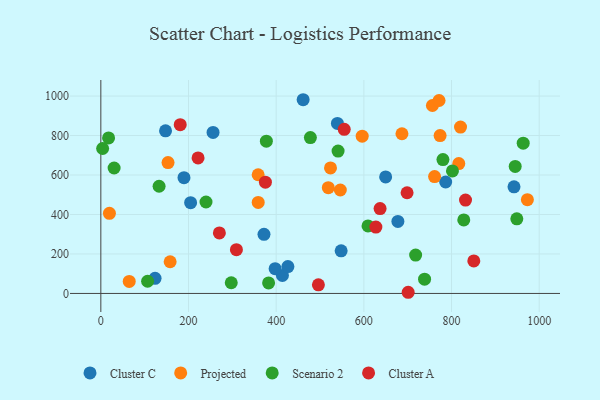
{"axis": {"x": "Speed", "y": "Sales"}, "legend": ["Cluster A", "Cluster C", "Projected", "Scenario 2"], "data": [{"x": "461.5", "y": 981.4, "type": "Cluster C"}, {"x": "786.6", "y": 564.5, "type": "Cluster C"}, {"x": "649.7", "y": 590.3, "type": "Cluster C"}, {"x": "677.6", "y": 364.8, "type": "Cluster C"}, {"x": "414.2", "y": 91.5, "type": "Cluster C"}, {"x": "189.7", "y": 586.6, "type": "Cluster C"}, {"x": "548.2", "y": 216.0, "type": "Cluster C"}, {"x": "256.0", "y": 815.7, "type": "Cluster C"}, {"x": "204.8", "y": 459.6, "type": "Cluster C"}, {"x": "397.6", "y": 125.5, "type": "Cluster C"}, {"x": "942.5", "y": 539.9, "type": "Cluster C"}, {"x": "426.7", "y": 135.9, "type": "Cluster C"}, {"x": "372.2", "y": 299.6, "type": "Cluster C"}, {"x": "123.7", "y": 76.8, "type": "Cluster C"}, {"x": "147.6", "y": 823.9, "type": "Cluster C"}, {"x": "539.7", "y": 861.4, "type": "Cluster C"}, {"x": "64.8", "y": 60.9, "type": "Projected"}, {"x": "820.5", "y": 842.6, "type": "Projected"}, {"x": "773.9", "y": 800.0, "type": "Projected"}, {"x": "546.3", "y": 524.0, "type": "Projected"}, {"x": "358.9", "y": 601.3, "type": "Projected"}, {"x": "596.2", "y": 796.9, "type": "Projected"}, {"x": "523.9", "y": 636.1, "type": "Projected"}, {"x": "19.6", "y": 406.1, "type": "Projected"}, {"x": "518.9", "y": 535.8, "type": "Projected"}, {"x": "761.3", "y": 592.0, "type": "Projected"}, {"x": "756.4", "y": 952.1, "type": "Projected"}, {"x": "973.0", "y": 475.1, "type": "Projected"}, {"x": "686.9", "y": 808.9, "type": "Projected"}, {"x": "153.3", "y": 663.1, "type": "Projected"}, {"x": "359.0", "y": 460.9, "type": "Projected"}, {"x": "816.5", "y": 658.1, "type": "Projected"}, {"x": "158.1", "y": 160.6, "type": "Projected"}, {"x": "771.5", "y": 977.6, "type": "Projected"}, {"x": "802.1", "y": 620.6, "type": "Scenario 2"}, {"x": "945.2", "y": 643.3, "type": "Scenario 2"}, {"x": "132.9", "y": 543.0, "type": "Scenario 2"}, {"x": "738.5", "y": 72.1, "type": "Scenario 2"}, {"x": "478.0", "y": 789.5, "type": "Scenario 2"}, {"x": "17.7", "y": 787.9, "type": "Scenario 2"}, {"x": "780.4", "y": 678.2, "type": "Scenario 2"}, {"x": "382.7", "y": 53.4, "type": "Scenario 2"}, {"x": "827.9", "y": 372.3, "type": "Scenario 2"}, {"x": "377.6", "y": 771.6, "type": "Scenario 2"}, {"x": "30.3", "y": 635.4, "type": "Scenario 2"}, {"x": "106.7", "y": 61.7, "type": "Scenario 2"}, {"x": "718.1", "y": 194.4, "type": "Scenario 2"}, {"x": "4.1", "y": 734.2, "type": "Scenario 2"}, {"x": "963.5", "y": 761.4, "type": "Scenario 2"}, {"x": "297.5", "y": 54.1, "type": "Scenario 2"}, {"x": "948.9", "y": 377.8, "type": "Scenario 2"}, {"x": "239.9", "y": 463.2, "type": "Scenario 2"}, {"x": "609.5", "y": 342.2, "type": "Scenario 2"}, {"x": "541.2", "y": 721.4, "type": "Scenario 2"}, {"x": "627.4", "y": 336.3, "type": "Cluster A"}, {"x": "637.0", "y": 429.7, "type": "Cluster A"}, {"x": "831.9", "y": 472.8, "type": "Cluster A"}, {"x": "181.1", "y": 855.2, "type": "Cluster A"}, {"x": "698.6", "y": 510.0, "type": "Cluster A"}, {"x": "701.1", "y": 5.9, "type": "Cluster A"}, {"x": "555.2", "y": 831.3, "type": "Cluster A"}, {"x": "221.8", "y": 686.4, "type": "Cluster A"}, {"x": "496.3", "y": 43.4, "type": "Cluster A"}, {"x": "309.3", "y": 221.5, "type": "Cluster A"}, {"x": "270.4", "y": 306.6, "type": "Cluster A"}, {"x": "375.4", "y": 563.8, "type": "Cluster A"}, {"x": "850.8", "y": 164.8, "type": "Cluster A"}]}